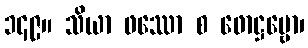
၁၄၉။ သိယာ ဖဿော စ ဖောဋ္ဌဗ္ဗော၊